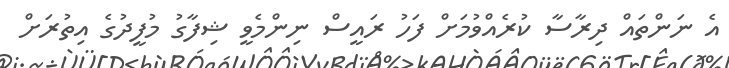
އެ ނަންތައް ދިރާސާ ކުރެއްވުމަށް ފަހު ރައީސް ނިންމެވީ ޝިފާގު މުފީދުގެ އިތުރަށް